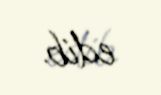
edib.